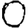
Digit: 0